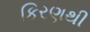
કિરણથી